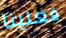
فعلينا